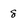
Character: 8